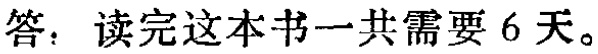
答：读完这本书一共需要 6 天。